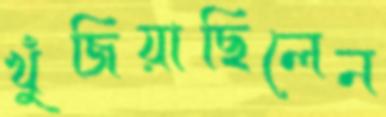
খুঁজিয়াছিলেন